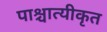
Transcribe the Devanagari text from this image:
पाश्चात्यीकृत